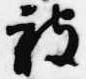
被